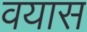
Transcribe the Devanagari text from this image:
वयास